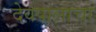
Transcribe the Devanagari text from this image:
देवपालाचा